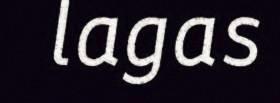
lagas